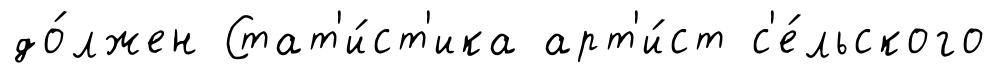
до́лжен Стат'и́ст'ика арт'и́ст с'е́льского